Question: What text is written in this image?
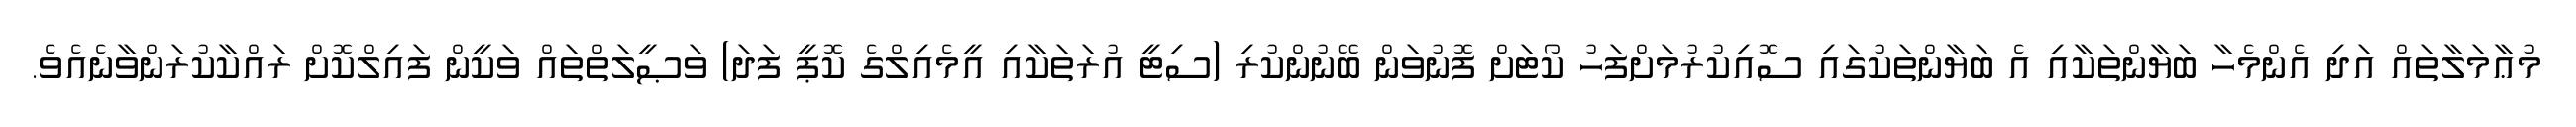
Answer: މުޢާމަލާތައް އަދި އެންމެހާ ބަޔާންތަކާއި އެ ބަޔާންތަކުގައި ސޮއިކުރުމަށްފަހު ކޯޓަށް ފޮނުވަން ބޭނުންކުރި (ސިޓީ އުރަތަކާއި އީމެއިލްގެ ކޮޕީ ފަދަ) ވަޞީލަތްތައް ވަކީން ފައިލްކޮށް ރައްކާކުރަންވާނެއެވެ.